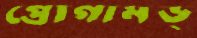
প্রোগামড্